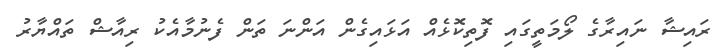
ރައިޝާ ނައިރާގެ ލޯމަތީގައި ފޮތިކޮޅެއް އަޅައިގެން އަންނަ ތަން ފެނުމާއެކު ރިއާޝް ތައްޔާރު